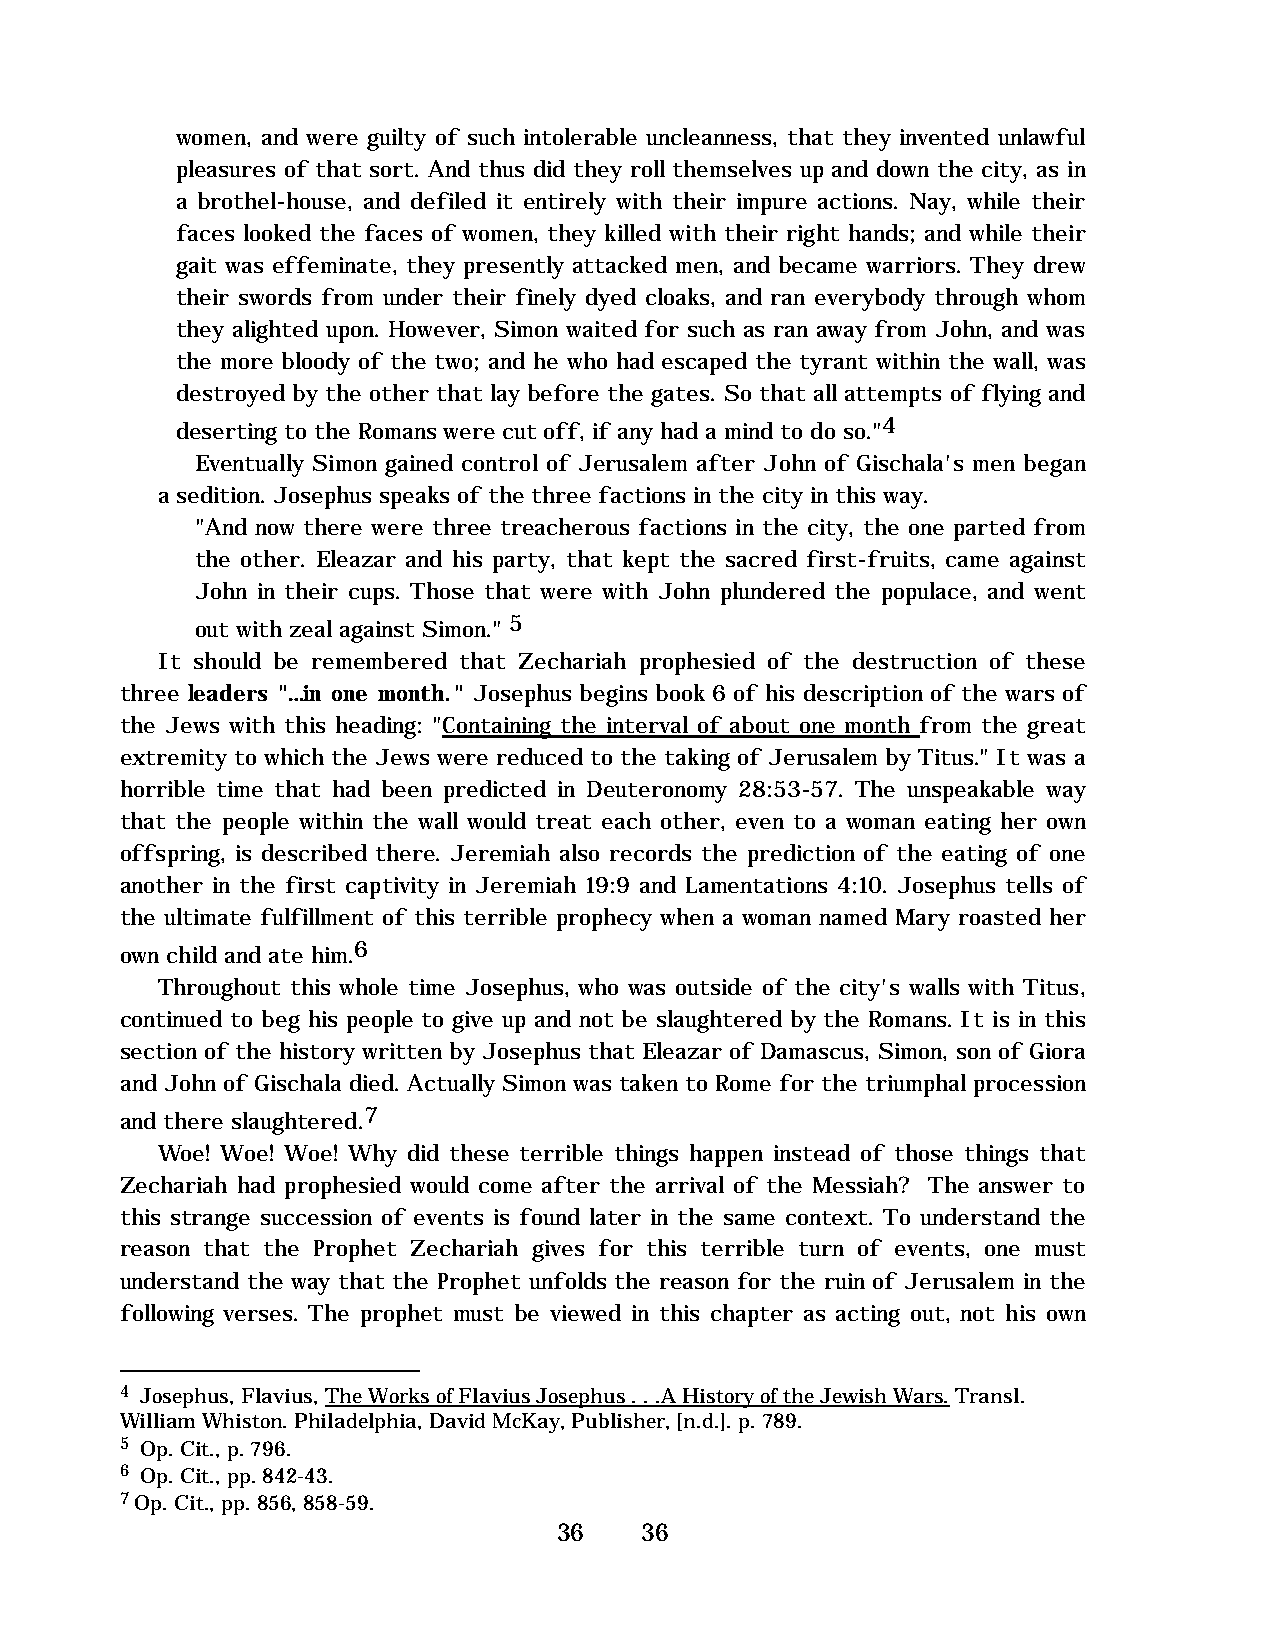
women, and were guilty of such intolerable uncleanness, that they invented unlawful
 pleasures of that sort. And thus did they roll themselves up and down the city, as in
 a brothel-house, and defiled it entirely with their impure actions. Nay, while their
 faces looked the faces of women, they killed with their right hands; and while their
 gait was effeminate, they presently attacked men, and became warriors. They drew
 their swords from under their finely dyed cloaks, and ran everybody through whom
 they alighted upon. However, Simon waited for such as ran away from John, and was
 the more bloody of the two; and he who had escaped the tyrant within the wall, was
 destroyed by the other that lay before the gates. So that all attempts of flying and
 deserting to the Romans were cut off, if any had a mind to do so."4
 Eventually Simon gained control of Jerusalem after John of Gischala's men began
 a sedition. Josephus speaks of the three factions in the city in this way.
 "And now there were three treacherous factions in the city, the one parted from
 the other. Eleazar and his party, that kept the sacred first-fruits, came against
 John in their cups. Those that were with John plundered the populace, and went
 out with zeal against Simon." 5
 It should be remembered that Zechariah prophesied of the destruction of these
 three leaders "…in one month." Josephus begins book 6 of his description of the wars of
 the Jews with this heading: "Containing the interval of about one month from the great
 extremity to which the Jews were reduced to the taking of Jerusalem by Titus." It was a
 horrible time that had been predicted in Deuteronomy 28:53-57. The unspeakable way
 that the people within the wall would treat each other, even to a woman eating her own
 offspring, is described there. Jeremiah also records the prediction of the eating of one
 another in the first captivity in Jeremiah 19:9 and Lamentations 4:10. Josephus tells of
 the ultimate fulfillment of this terrible prophecy when a woman named Mary roasted her
 own child and ate him.6
 Throughout this whole time Josephus, who was outside of the city's walls with Titus,
 continued to beg his people to give up and not be slaughtered by the Romans. It is in this
 section of the history written by Josephus that Eleazar of Damascus, Simon, son of Giora
 and John of Gischala died. Actually Simon was taken to Rome for the triumphal procession
 and there slaughtered.7
 Woe! Woe! Woe! Why did these terrible things happen instead of those things that
 Zechariah had prophesied would come after the arrival of the Messiah? The answer to
 this strange succession of events is found later in the same context. To understand the
 reason that the Prophet Zechariah gives for this terrible turn of events, one must
 understand the way that the Prophet unfolds the reason for the ruin of Jerusalem in the
 following verses. The prophet must be viewed in this chapter as acting out, not his own
 4 Josephus, Flavius, The Works of Flavius Josephus . . .A History of the Jewish Wars. Transl.
 William Whiston. Philadelphia, David McKay, Publisher, [n.d.]. p. 789.
 5 Op. Cit., p. 796.
 6 Op. Cit., pp. 842-43.
 7 Op. Cit., pp. 856, 858-59.
 36   36